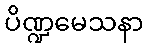
ပိဏ္ဍမေသနာ